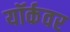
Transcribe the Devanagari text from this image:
यॉर्कवर